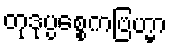
တုဒုပ္ပစ္စေကဗြဟ္မာ